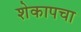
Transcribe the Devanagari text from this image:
शेकापचा